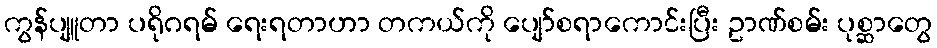
ကွန်ပျူတာ ပရိုဂရမ် ရေးရတာဟာ တကယ်ကို ပျော်စရာကောင်းပြီး ဥာဏ်စမ်း ပုစ္ဆာတွေ